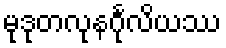
မုဒုတလုနင်္ဂုလိယဿ